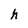
Character: h